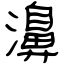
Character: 濞